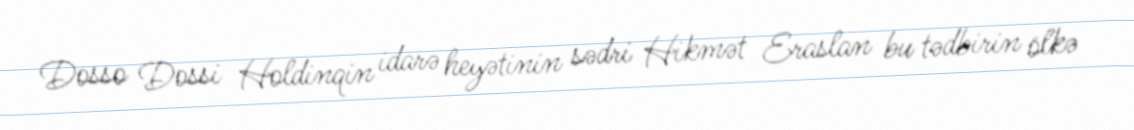
Dosso Dossi Holdinqin idarə heyətinin sədri Hikmət Eraslan bu tədbirin ölkə